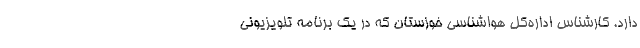
دارد. کارشناس اداره‌کل هواشناسی خوزستان که در یک برنامه تلویزیونی